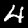
Label: 4